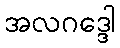
အလဂဒ္ဒေါ